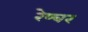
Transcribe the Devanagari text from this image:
रेप्चर